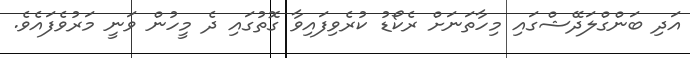
އަދި ބަންގްލަދޭޝްގައި މިހާތަނަށް ރެކޯޑު ކުރެވިފައިވާ ގޮތުގައި ދެ މީހުން ވަނީ މަރުވެފައެވެ.